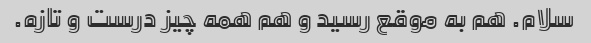
سلام. هم به موقع رسید و هم همه چیز درست و تازه.